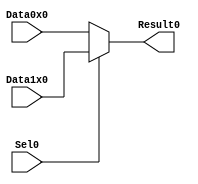
module mux1_1_2(
	Sel0,
	Data0x0,
	Data1x0,
	Result0
);
input Sel0;
input Data0x0;
input Data1x0;
output Result0;
assign Result0 = Sel0 ? Data1x0 : Data0x0;
endmodule